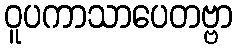
ဝူပကာသာပေတဗ္ဗာ